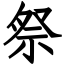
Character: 祭